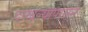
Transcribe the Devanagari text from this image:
दाखल्यापासून